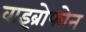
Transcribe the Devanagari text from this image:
वाइब्रोफोन